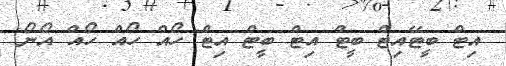
އިޓް ބީޓޭއިޓް ބީޓް އިޓް ބީޓް އިޓް ހޯއް ހޯއް ހޯއް އޯނޯ